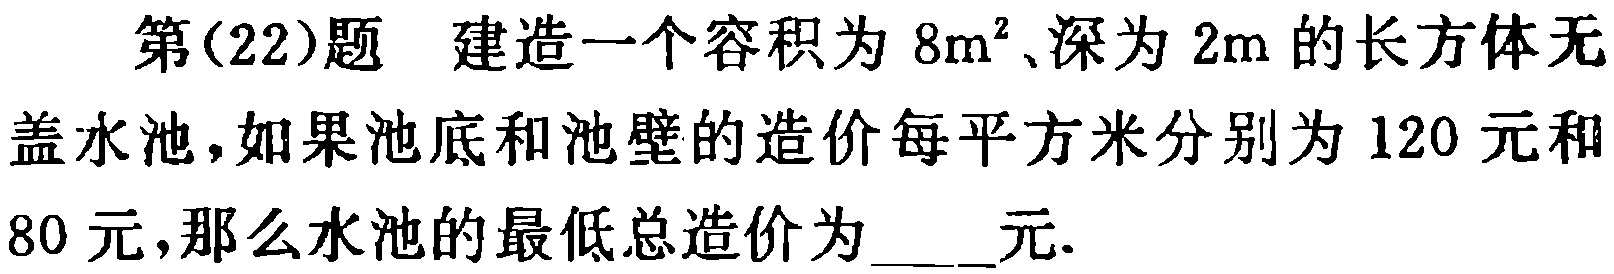
第(22)题 建造一个容积为 \(8m^{3}\)、深为 \(2m\) 的长方体无盖水池，如果池底和池壁的造价每平方米分别为 \(120\) 元和 \(80\) 元，那么水池的最低总造价为____元.